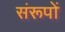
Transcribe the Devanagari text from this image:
संरूपों